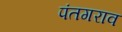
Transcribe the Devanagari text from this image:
पंतगराव